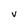
Character: V